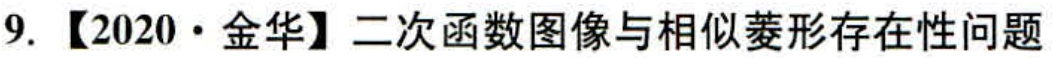
9. 【2020·金华】二次函数图像与相似菱形存在性问题